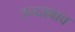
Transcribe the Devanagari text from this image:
उच्च्दाबाव